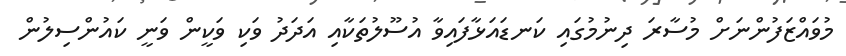
މުވައްޒަފުންނަށް މުސާރަ ދިނުމުގައި ކަނޑައަޅާފައިވާ އުސޫލުތަކާއި އަދަދު ވަކި ވަކީން ވަނީ ކައުންސިލުން